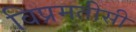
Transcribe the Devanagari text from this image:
विप्रमतीसी